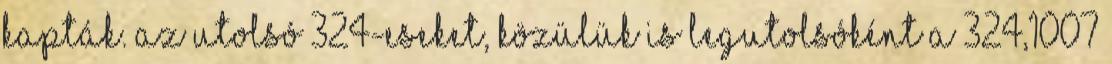
kapták. Az utolsó 324-eseket, közülük is legutolsóként a 324,1007